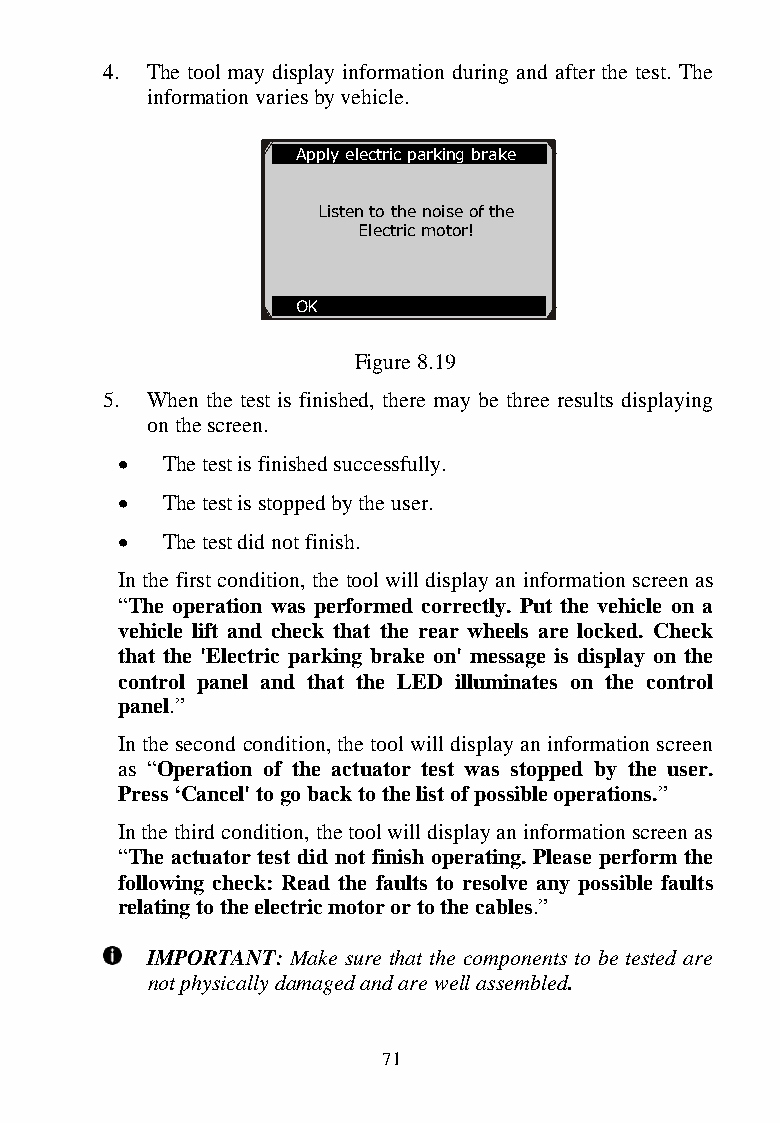
4. The tool may display information during and after the test. The
 information varies by vehicle.
 Apply electric parking brake
 Listen to the noise of the
 Electric motor!
 OK
 Figure 8.19
 5. When the test is fini shed, there may be three results displaying
 on the screen.
   The test is finished successfully.
   The test is stopped by the user.
   The test did not fin ish.
 In the first condition, th e tool will display an information screen as
 “The operation was performed correctly. Put the vehicle on a
 vehicle lift and check that the rear wheels are locked. Check
 that the 'Electric park ing brake on' message is display on the
 control panel and that the LED illuminates on the control
 panel.”
 In the second condition, the tool will display an information screen
 as “Operation of the actuator test was stopped by the user.
 Press „Cancel' to go back to the list of possible operations.”
 In the third condition, the tool will display an information screen as
 “The actuator test did not finish operating. Please perform the
 following check: Read the faults to resolve any possible faults
 relating to the electric motor or to the cables.”
 IMPORTANT: Make sure that the components to be tested are
 not physically damaged and are well assembled.
 71